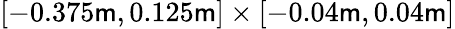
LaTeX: \left[-0.375\mathsf{m},0.125\mathsf{m}\right]\times\left[-0.04\mathsf{m},0.04\mathsf{m}\right]